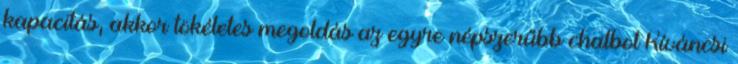
kapacitás, akkor tökéletes megoldás az egyre népszerűbb chatbot Kíváncsi